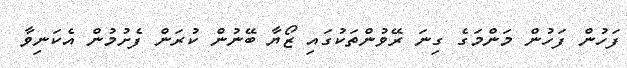
ފަހުން ފަހުން މަންމަގެ ގިނަ ރޭވުންތަކުގައި ޒޯޔާ ބޭނުން ކުރަން ފެށުމުން އެކަނިވާ